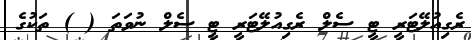
ރެގިއުލޭޓަރީ ޓީ ސެލް ރެގިއުލޭޓަރީ ޓީ ސެލް ނުވަތަ ( ) ތަކުގެ